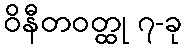
ဝိနီတဝတ္ထု ၇-ခု